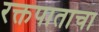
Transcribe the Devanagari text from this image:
रक्तपाताचा